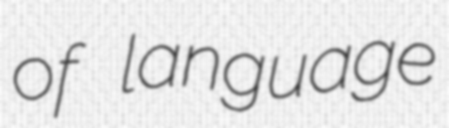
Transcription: of language